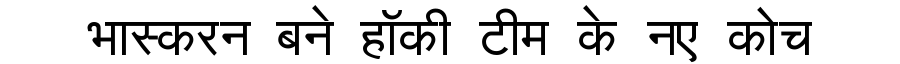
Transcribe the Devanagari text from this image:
भास्करन बने हॉकी टीम के नए कोच